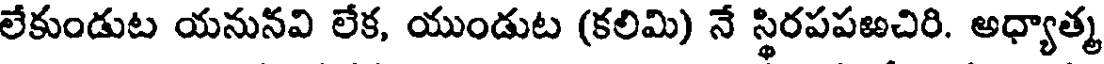
లేకుండుట యనునవి లేక, యుండుట (కలిమి) నే స్థిరపపఱచిరి. అధ్యాత్మ